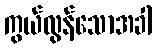
ကွယ်လွန်သောအခါ